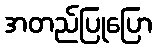
အတည်ပြုပြော